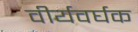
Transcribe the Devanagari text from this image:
वीर्यवर्घक